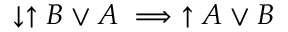
\downarrow \uparrow B \lor A \implies \uparrow A \lor B